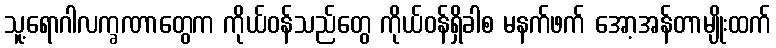
သူ့ရောဂါလက္ခဏာတွေက ကိုယ်ဝန်သည်တွေ ကိုယ်ဝန်ရှိခါစ မနက်ဖက် အော့အန်တာမျိုးထက်